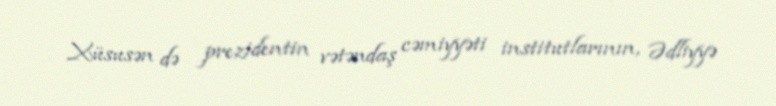
Xüsusən də prezidentin vətəndaş cəmiyyəti institutlarının, Ədliyyə